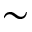
\sim